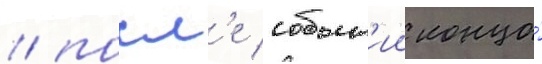
/ посл'е событ'ии конца́